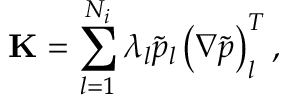
\mathbf { K } = \sum _ { l = 1 } ^ { N _ { i } } \lambda _ { l } \tilde { p } _ { l } \left( \boldsymbol { \nabla } \tilde { p } \right) _ { l } ^ { T } ,